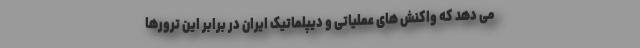
می دهد که واکنش های عملیاتی و دیپلماتیک ایران در برابر این ترورها